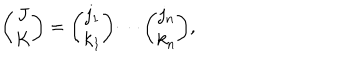
{ \binom { J } { K } } = { \binom { j _ { 1 } } { k _ { 1 } } } \cdots { \binom { j _ { n } } { k _ { n } } } ,